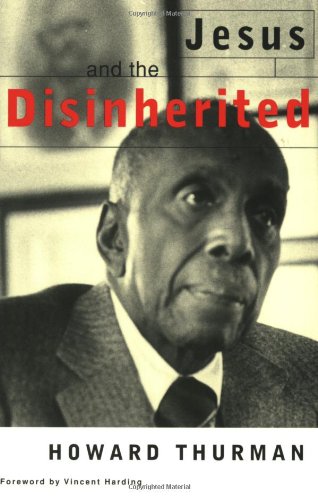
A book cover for Jesus and the Disinherited; Howard Thurman; Christian Books & Bibles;